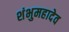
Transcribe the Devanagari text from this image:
शंभुमहादेव